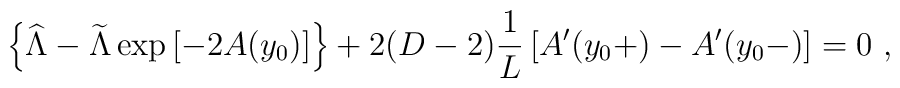
\left\{{\widehat\Lambda}-{\widetilde\Lambda}\exp\left[-2A(y_0)\right] \right\}+2(D-2){1\over L}\left[ A^\prime(y_0+)-A^\prime(y_0-)\right]=0~,